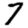
Digit: 7